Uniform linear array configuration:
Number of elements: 4
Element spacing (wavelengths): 0.75
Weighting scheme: exponential
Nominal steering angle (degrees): -15
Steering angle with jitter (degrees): -13.231
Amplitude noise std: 0.05
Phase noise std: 0.05

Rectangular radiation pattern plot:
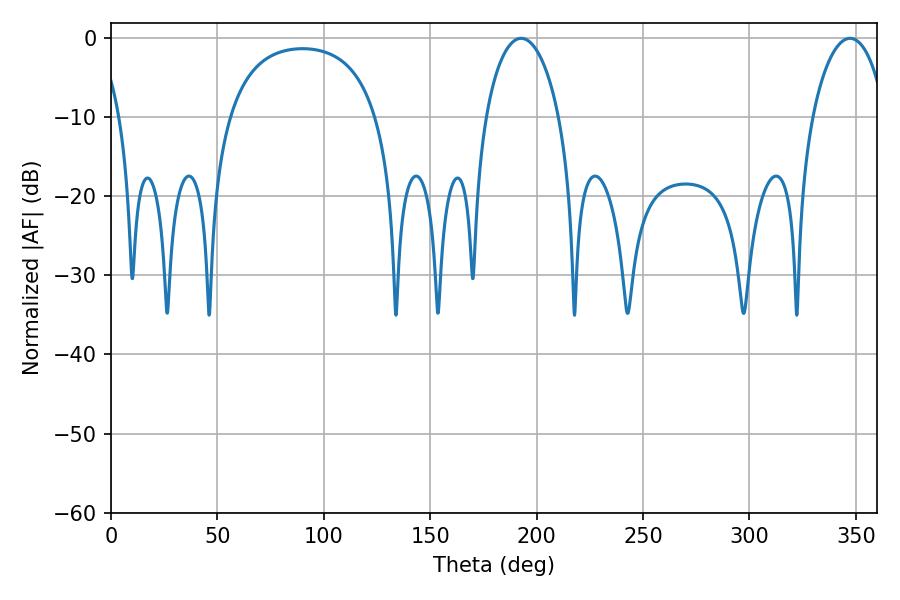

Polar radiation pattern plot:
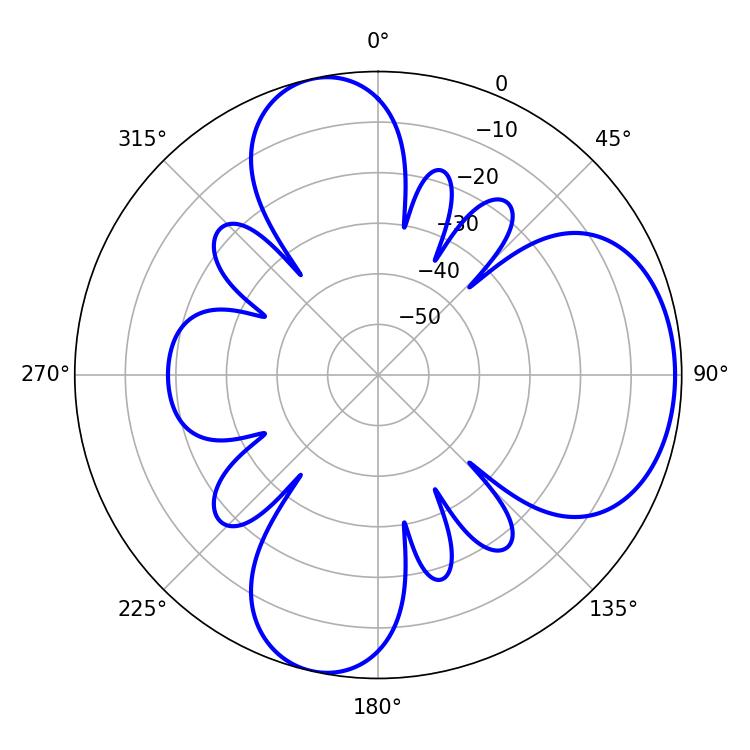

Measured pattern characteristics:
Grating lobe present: TRUE
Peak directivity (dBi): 6.866
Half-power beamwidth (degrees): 19.62
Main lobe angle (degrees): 192.78